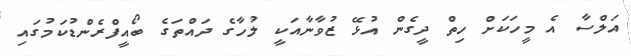
އަލްސާ އެ މީހަކަށް ހިތް ދީގެން އުޅޭ ޒުވާނާއަކީ ލުހާގެ ދައްތަގެ ބޯއީފްރެންޑުކަމުގައި